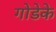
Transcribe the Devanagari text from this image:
गोडेके